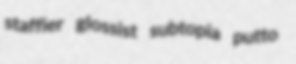
staffier glossist subtopia putto